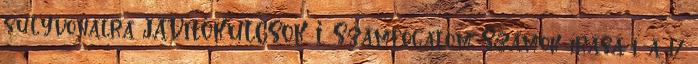
súlyvonalra JAVÍTÓKULCSOK I. Számfogalom Számok írása 1. a 17